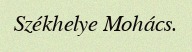
Székhelye Mohács.